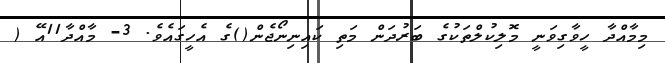
މިމާއްދާ ހީވާގިވަނީ މޮލިކުލްތަކުގެ ބަރުދަން މަތި ކައިނިނޯޖެން()ގެ އެހީގައެވެ. 3- މާއްދާ11އޭ (